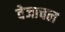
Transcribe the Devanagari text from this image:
वेजाचल